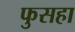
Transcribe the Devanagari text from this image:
फुसहा